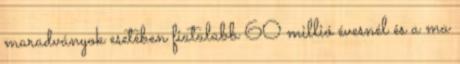
maradványok esetében fiatalabb 60 millió évesnél és a ma